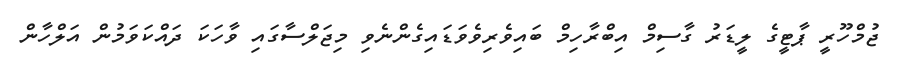
ޖުމްހޫރީ ޕާޓީގެ ލީޑަރު ގާސިމް އިބްރާހިމް ބައިވެރިވެވަޑައިގެންނެވި މިޖަލްސާގައި ވާހަކަ ދައްކަވަމުން އަލްހާން